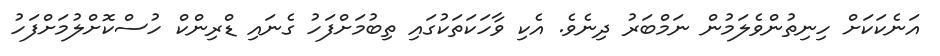
އަނެކަކަށް ހިނިތުންވެލަމުން ނަމްބަރު ދިނެވެ. އެކި ވާހަކަތަކުގައި ތިބުމަށްފަހު ގެނައި ޑްރިންކް ހުސްކޮށްލުމަށްފަހު